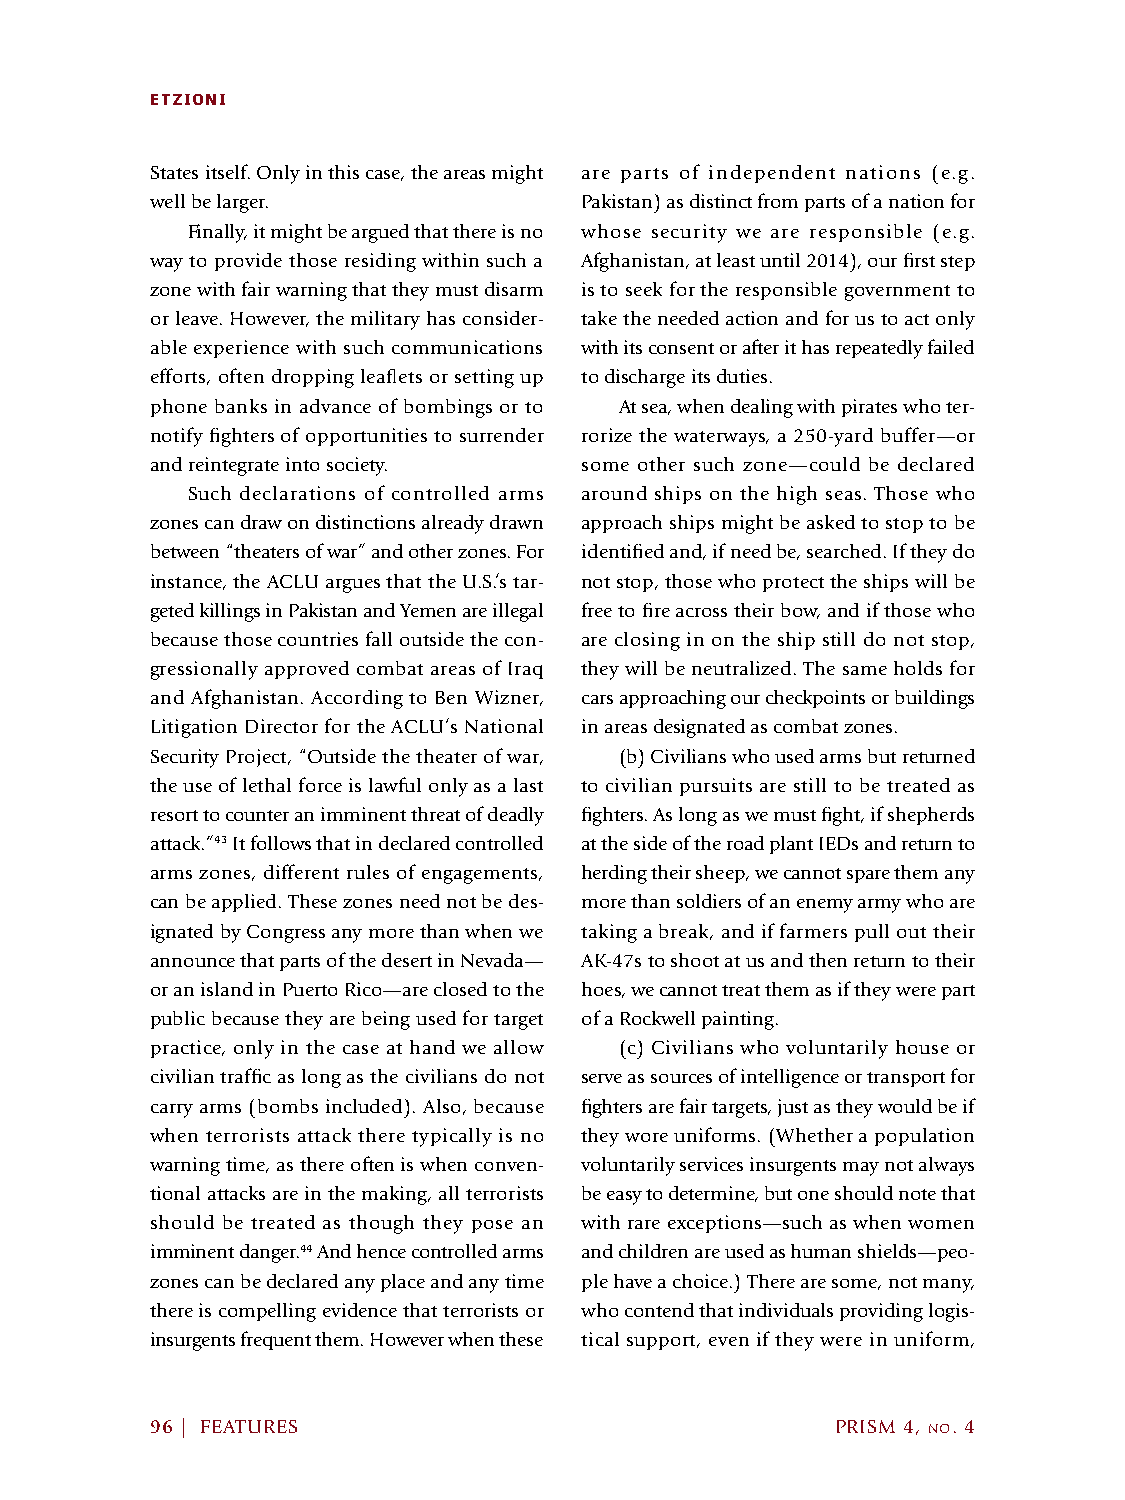
ETZIONI
 States itself. Only in this case, the areas might are parts of independent nations (e.g.
 well be larger.             Pakistan) as distinct from parts of a nation for
 Finally, it might be argued that there is no whose security we are responsible (e.g.
 way to provide those residing within such a Afghanistan, at least until 2014), our first step
 zone with fair warning that they must disarm is to seek for the responsible government to
 or leave. However, the military has consider- take the needed action and for us to act only
 able experience with such communications with its consent or after it has repeatedly failed
 efforts, often dropping leaflets or setting up to discharge its duties.
 phone banks in advance of bombings or to At sea, when dealing with pirates who ter-
 notify fighters of opportunities to surrender rorize the waterways, a 250-yard buffer—or
 and reintegrate into society. some other such zone—could be declared
 Such declarations of controlled arms around ships on the high seas. Those who
 zones can draw on distinctions already drawn approach ships might be asked to stop to be
 between “theaters of war” and other zones. For identified and, if need be, searched. If they do
 instance, the ACLU argues that the U.S.’s tar- not stop, those who protect the ships will be
 geted killings in Pakistan and Yemen are illegal free to fire across their bow, and if those who
 because those countries fall outside the con- are closing in on the ship still do not stop,
 gressionally approved combat areas of Iraq they will be neutralized. The same holds for
 and Afghanistan. According to Ben Wizner, cars approaching our checkpoints or buildings
 Litigation Director for the ACLU’s National in areas designated as combat zones.
 Security Project, “Outside the theater of war, (b) Civilians who used arms but returned
 the use of lethal force is lawful only as a last to civilian pursuits are still to be treated as
 resort to counter an imminent threat of deadly fighters. As long as we must fight, if shepherds
 attack.”43 It follows that in declared controlled at the side of the road plant IEDs and return to
 arms zones, different rules of engagements, herding their sheep, we cannot spare them any
 can be applied. These zones need not be des- more than soldiers of an enemy army who are
 ignated by Congress any more than when we taking a break, and if farmers pull out their
 announce that parts of the desert in Nevada— AK-47s to shoot at us and then return to their
 or an island in Puerto Rico—are closed to the hoes, we cannot treat them as if they were part
 public because they are being used for target of a Rockwell painting.
 practice, only in the case at hand we allow (c) Civilians who voluntarily house or
 civilian traffic as long as the civilians do not serve as sources of intelligence or transport for
 carry arms (bombs included). Also, because fighters are fair targets, just as they would be if
 when terrorists attack there typically is no they wore uniforms. (Whether a population
 warning time, as there often is when conven- voluntarily services insurgents may not always
 tional attacks are in the making, all terrorists be easy to determine, but one should note that
 should be treated as though they pose an with rare exceptions—such as when women
 imminent danger.44 And hence controlled arms and children are used as human shields—peo-
 zones can be declared any place and any time ple have a choice.) There are some, not many,
 there is compelling evidence that terrorists or who contend that individuals providing logis-
 insurgents frequent them. However when these tical support, even if they were in uniform,
 96 | FEATURES                                PRISM 4, no. 4